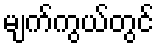
မျက်ကွယ်တွင်